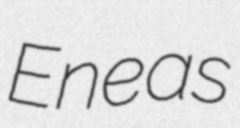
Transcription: Eneas